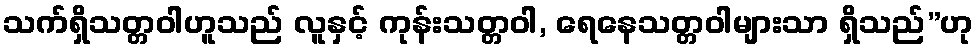
သက်ရှိသတ္တဝါဟူသည် လူနှင့် ကုန်းသတ္တဝါ, ရေနေသတ္တဝါများသာ ရှိသည်”ဟု